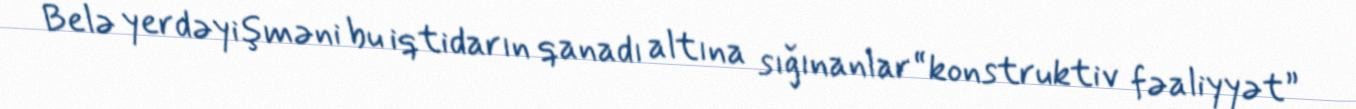
Belə yerdəyişməni bu iqtidarın qanadı altına sığınanlar “konstruktiv fəaliyyət”